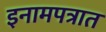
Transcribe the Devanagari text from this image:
इनामपत्रात